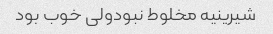
شیرینیه مخلوط نبودولی خوب بود